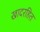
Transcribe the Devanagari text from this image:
खादरहित